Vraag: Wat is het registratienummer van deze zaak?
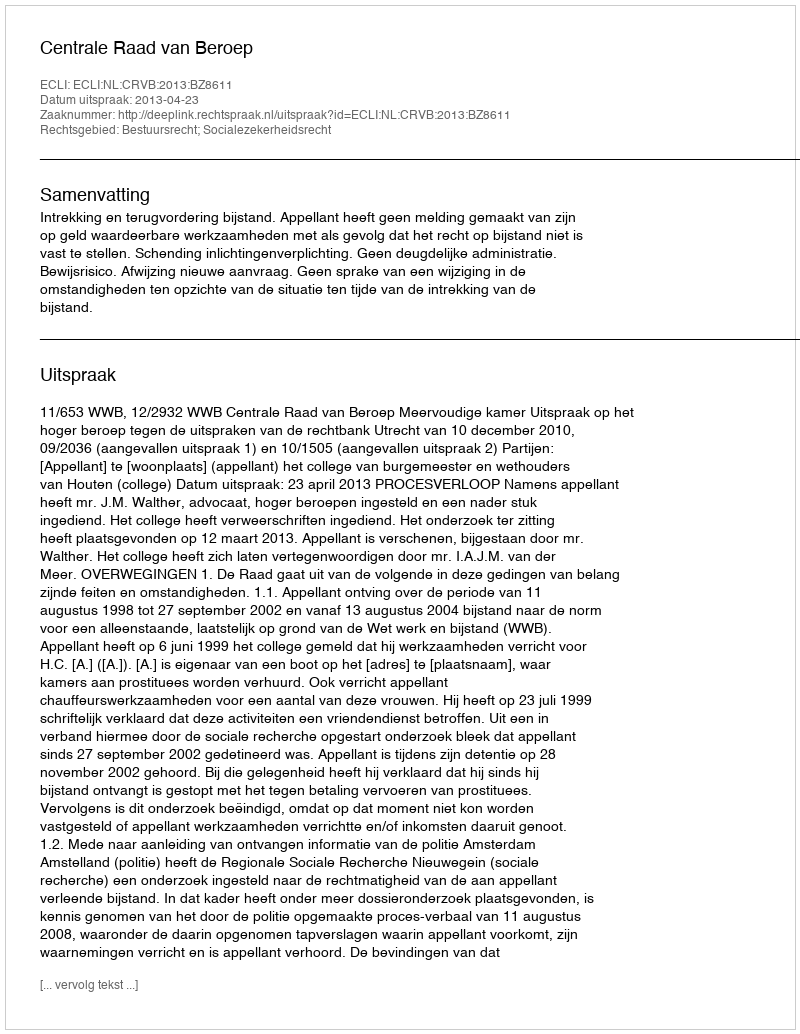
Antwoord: http://deeplink.rechtspraak.nl/uitspraak?id=ECLI:NL:CRVB:2013:BZ8611